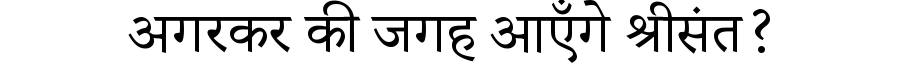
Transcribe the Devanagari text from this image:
अगरकर की जगह आएँगे श्रीसंत?